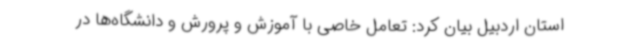
استان اردبیل بیان کرد: تعامل خاصی با آموزش و پرورش و دانشگاه‌ها در